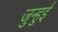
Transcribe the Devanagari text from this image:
जुन्हुई